Riigikantselei, lk 376
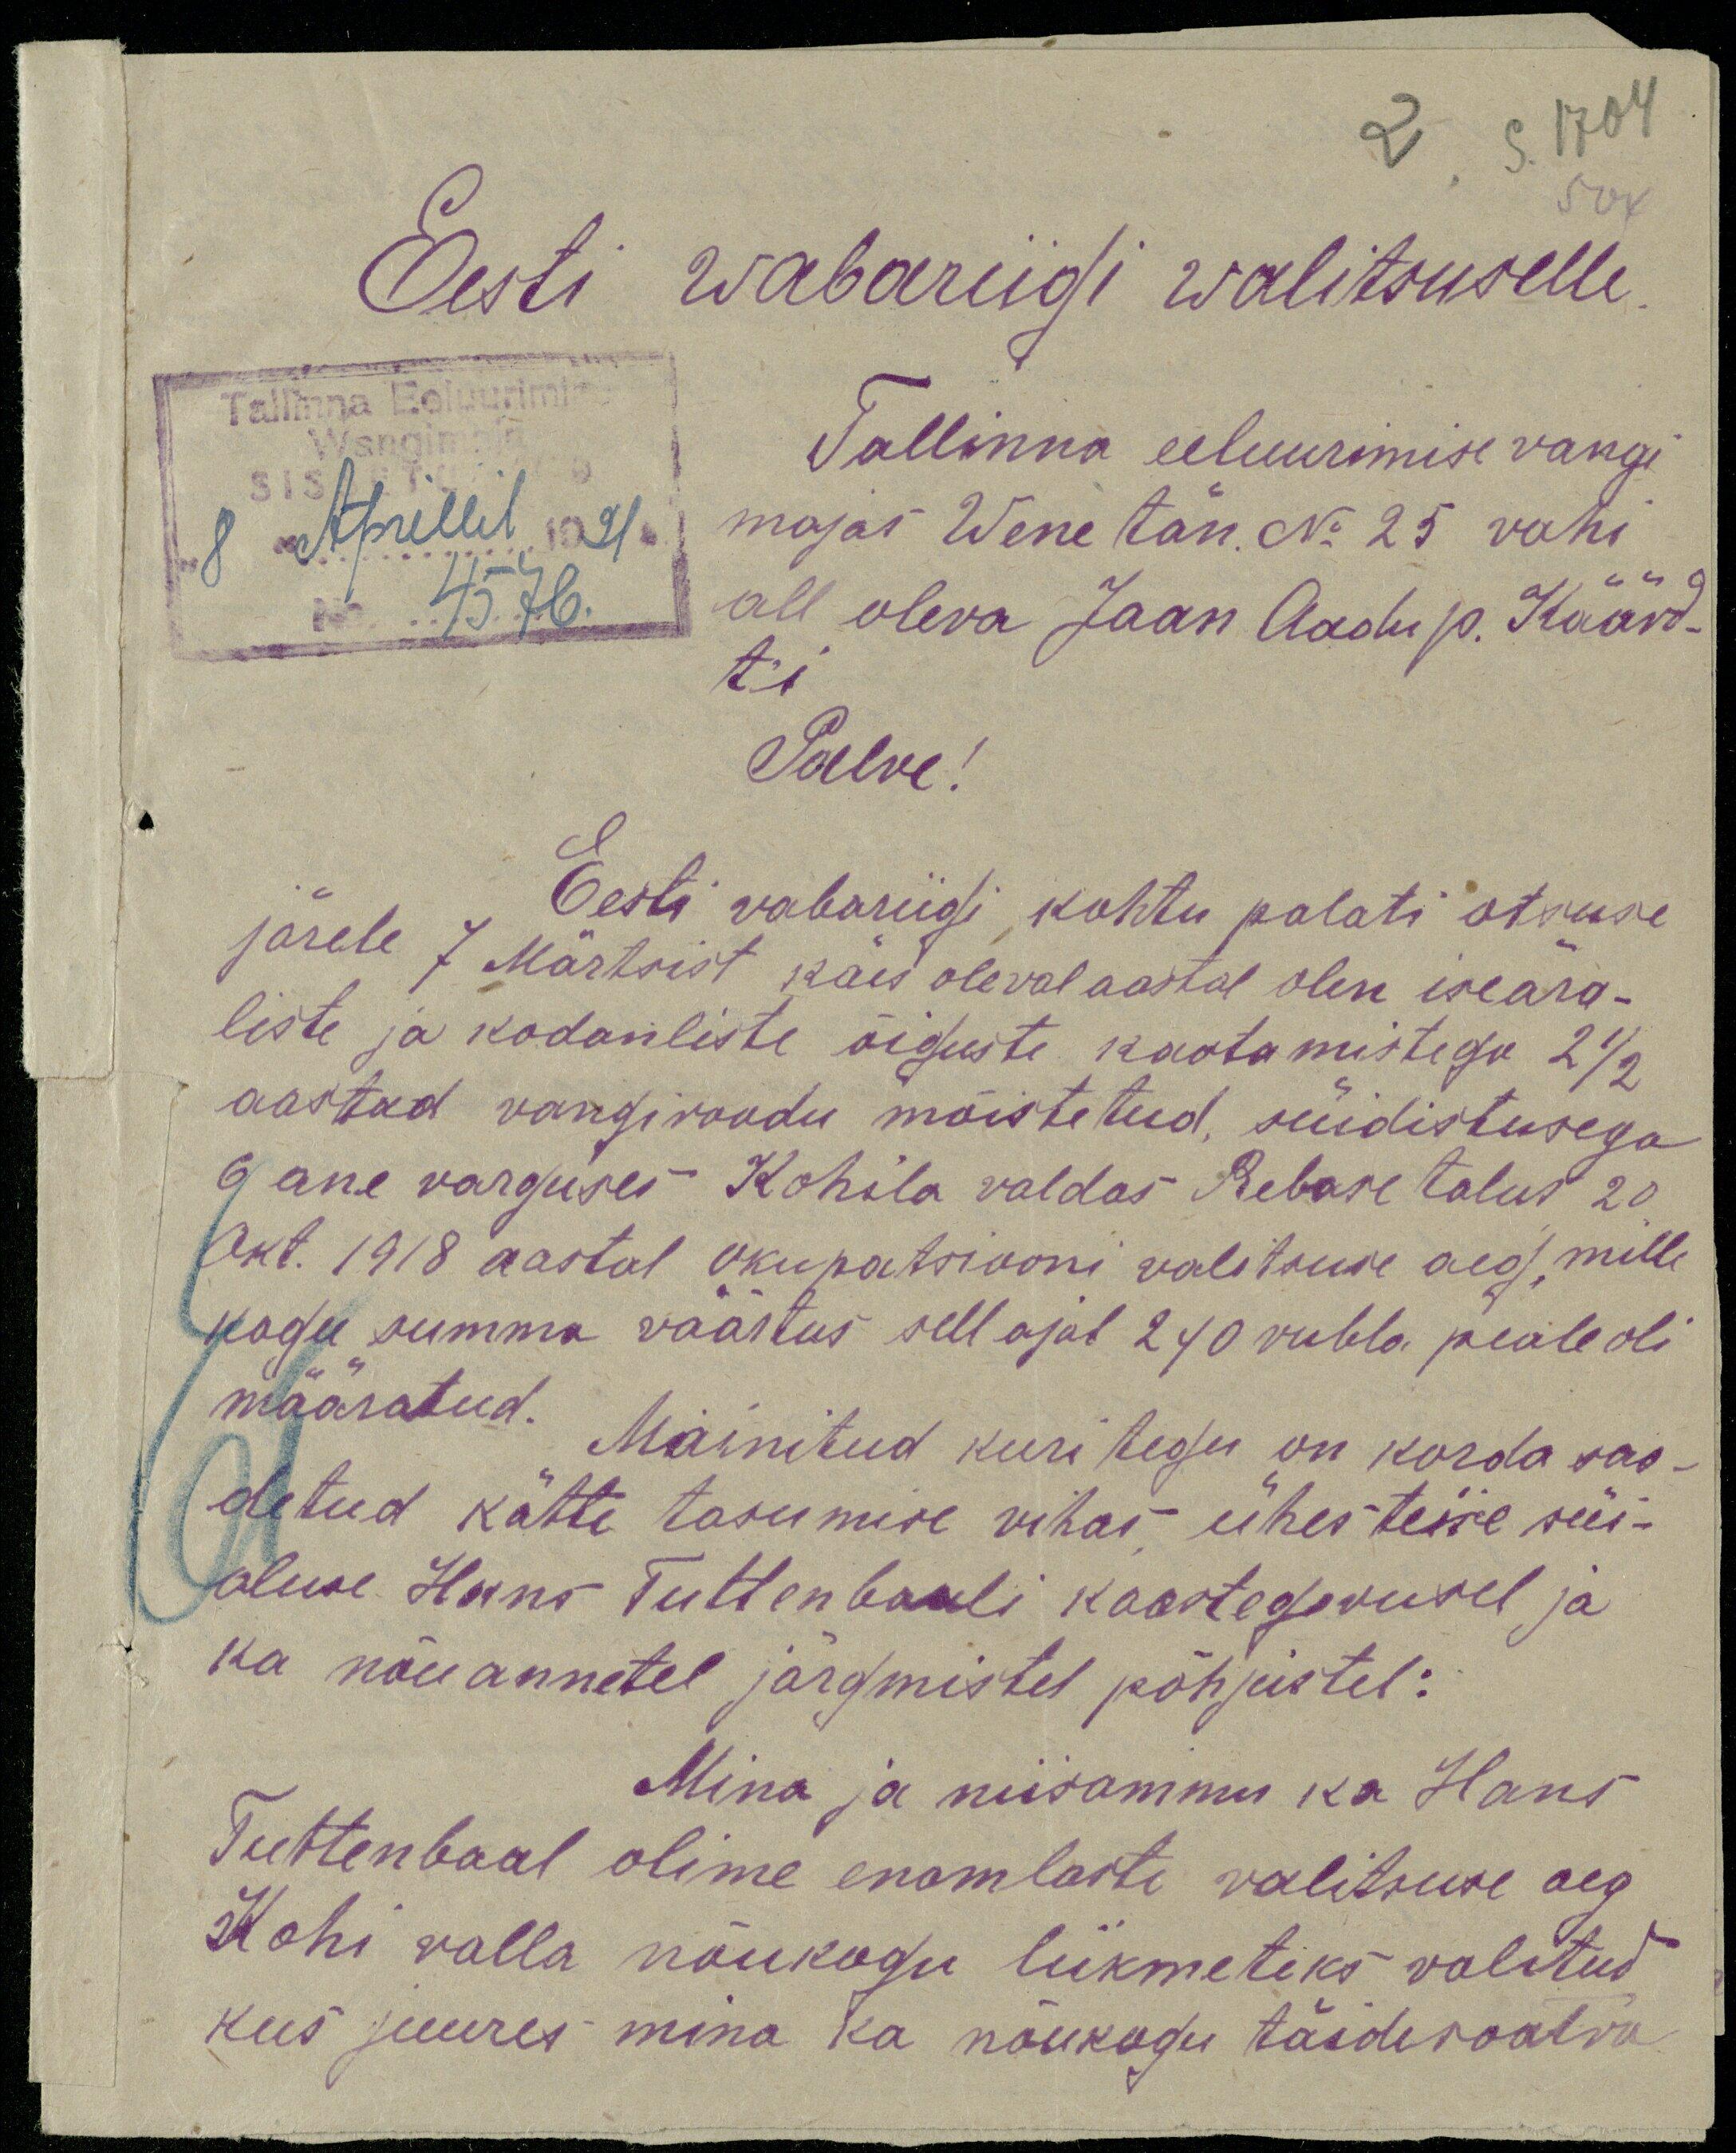
Eesti wabariigi walitsusele
Tallinna Eeluurimise
Tallinna eeluurimise vangi
8 Aprillil 1921.
majas Wene tän. No 25 vahi
4576
all oleva Jaan Aadu p. Käärd-
t'i
Palve!
Eesti vabariigi kohtu palati otsuse
järele 7 Märtsist käes oleval aastal olen iseära-
liste ja kodanliste õiguste kaotamistega 2 1/2
aastad vangiroodu mõistetud, süidistusega
6 ane varguses Kohila valdas Rebase talus 20
Okt. 1918 aastal okupatsiooni valitsuse aeg, mille
kogu summa väärtus sell ajal 240 rubla peale oli
määratud. Mainitud kuri tegu on korda saa-
detud kätte tasumise vihas ühes teise süi-
aluse Hans Tuttenbaali kaastegevusel ja
ka nõuannetel järgmistel põhjustel:
Mina ja niisammu ka Hans
Tuttenbaal olime enamlaste valitsuse aeg
Kohi valla nõukogu liikmeteks valitud
kus juures mina ka nõukogu täidesaatva